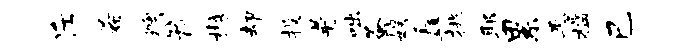
斥希燠箭樾却投普咄蚤娱矗挑耶累恶槛己